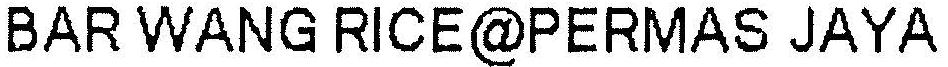
BAR WANG RICE@PERMAS JAYA